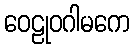
ဝေဠုဝဂါမကေ